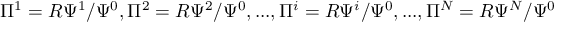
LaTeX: \Pi ^ { 1 } = R \Psi ^ { 1 } / \Psi ^ { 0 } , \Pi ^ { 2 } = R \Psi ^ { 2 } / \Psi ^ { 0 } , . . . , \Pi ^ { i } = R \Psi ^ { i } / \Psi ^ { 0 } , . . . , \Pi ^ { N } = R \Psi ^ { N } / \Psi ^ { 0 }